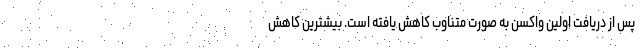
پس از دریافت اولین واکسن به صورت متناوب کاهش یافته است. بیشترین کاهش